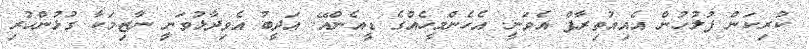
ކުރިކަން ފުލުހުން އެއިއުތިރާފް އެވަނީ. އެހެންމީހެއްގެ ޑީއެންއޭ. އަދީބު އެވިދާޅުވަނީ ނާޒިމަކާ ގުޅުންހުރި